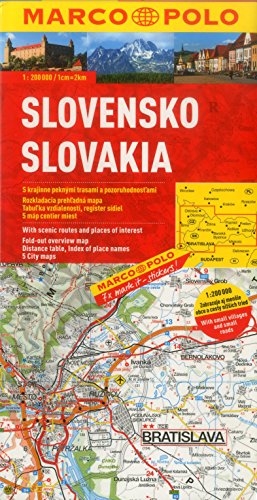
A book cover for Slovakia Marco Polo Map: 1:200K (Marco Polo Maps); Marco Polo; Travel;